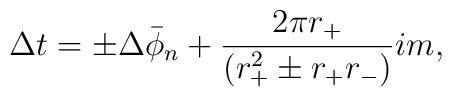
\Delta t = \pm \Delta \bar \phi_n + {2\pi r_+ \over (r_+^2 \pm r_+r_-)} i m,